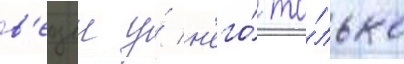
в'ещеи у́ н'его́ то́лько